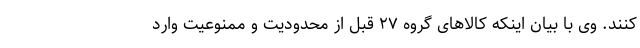
کنند. وی با بیان اینکه کالاهای گروه ۲۷ قبل از محدودیت و ممنوعیت وارد